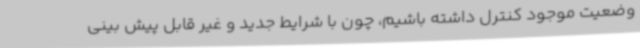
وضعیت موجود کنترل داشته باشیم، چون با شرایط جدید و غیر قابل پیش بینی